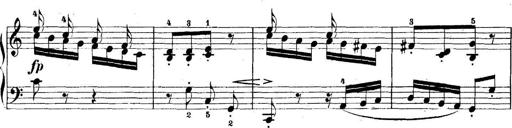
Title: 5 Sonatinas
Composer: Theodor Kirchner